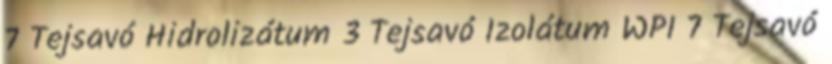
7 Tejsavó Hidrolizátum 3 Tejsavó Izolátum WPI 7 Tejsavó